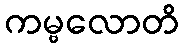
ကမ္ဗလောတိ